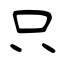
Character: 只